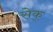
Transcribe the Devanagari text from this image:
सेक्